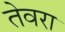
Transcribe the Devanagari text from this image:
तेवरा